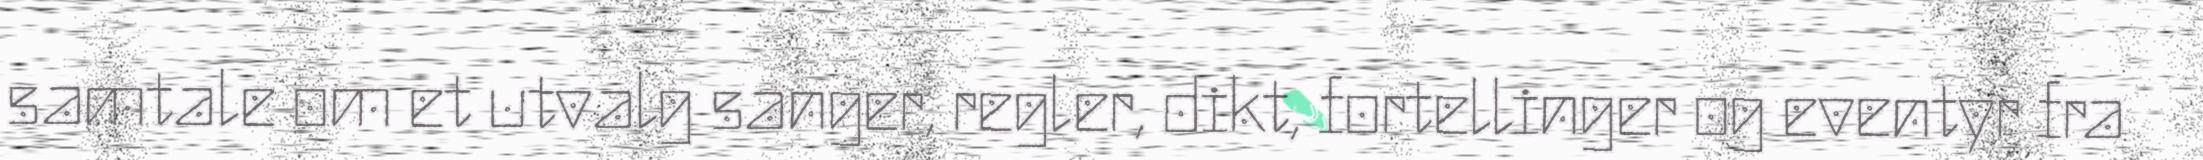
samtale om et utvalg sanger, regler, dikt, fortellinger og eventyr fra